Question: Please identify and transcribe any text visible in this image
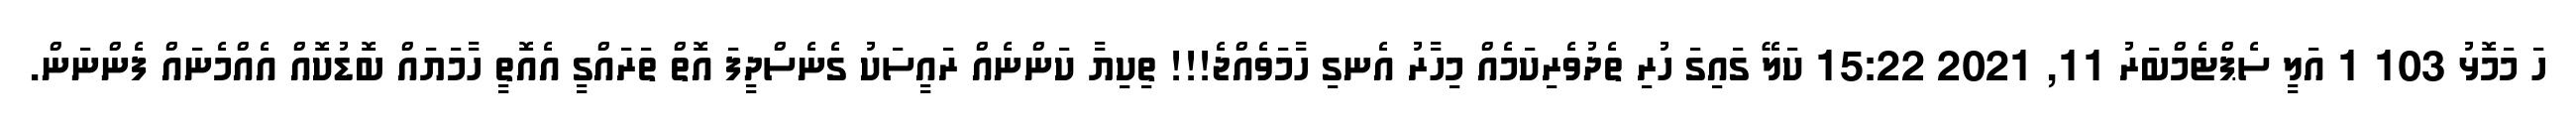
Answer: ހަ މަމޮޅު 103 1 އަލީ ސެޕްޓެމްބަރު 11, 2021 15:22 ކަލޭ ގައިގަ ހުރި ތެދުވެރިކަމެއް މިހާރު އެނގި ހާމަވެއްޖެ!!! ތިކިޔާ ކަންނެއް ރައީސަކު ގެނެސްދީފަ އޮތް ތަރައްގީ އެއޮތީ ހާމަޔައް ބޮޑުކޮއް އެއްމެނައް ފެންނަން.